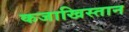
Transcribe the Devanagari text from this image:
कजाखिस्तान